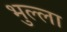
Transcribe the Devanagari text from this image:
भुल्ला